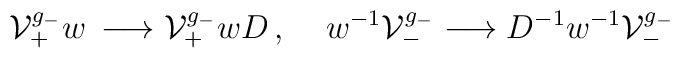
{\cal V}^{g_-}_+w\,\longrightarrow {\cal V}_+^{g_-}w D\, ,\;\;\;\;w^{-1}{\cal V}^{g_-}_-\longrightarrow D^{-1}w^{-1}{\cal V}^{g_-}_-\,